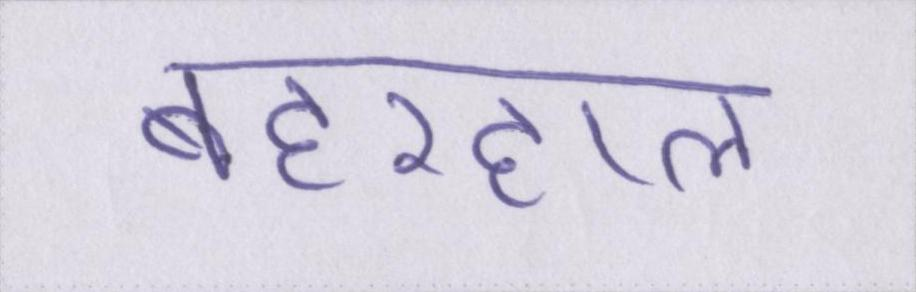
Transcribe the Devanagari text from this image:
बहरहाल